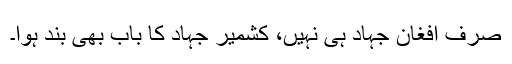
صرف افغان جہاد ہی نہیں، کشمیر جہاد کا باب بھی بند ہوا۔